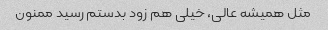
مثل همیشه عالی، خیلی هم زود بدستم رسید ممنون